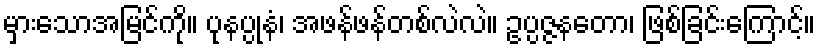
မှားသောအမြင်ကို။ ပုနပ္ပုနံ၊ အဖန်ဖန်တစ်လဲလဲ။ ဥပ္ပဇ္ဇနတော၊ ဖြစ်ခြင်းကြောင့်။